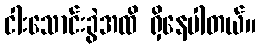
ငါးသောင်းခွဲအထိ ရှိနေပါတယ်။